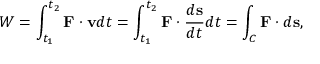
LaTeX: W = \int _ { t _ { 1 } } ^ { t _ { 2 } } \mathbf { F } \cdot \mathbf { v } d t = \int _ { t _ { 1 } } ^ { t _ { 2 } } \mathbf { F } \cdot { \frac { d \mathbf { s } } { d t } } d t = \int _ { C } \mathbf { F } \cdot d \mathbf { s } ,